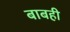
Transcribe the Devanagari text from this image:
बाबही